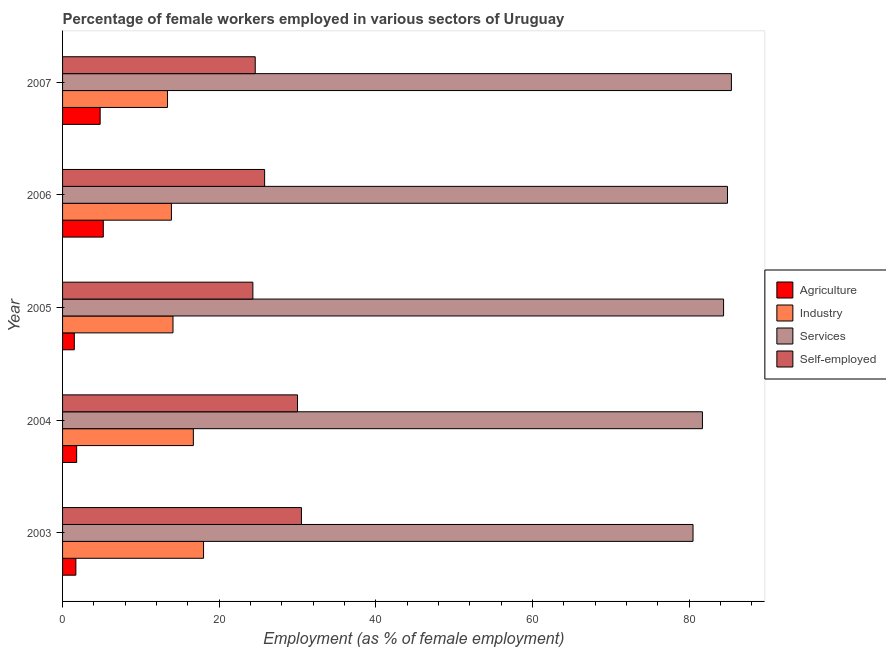
| Year | Agriculture | Industry | Services | Self-employed |
 | --- | --- | --- | --- | --- |
 | 2003 | 1.7 | 18 | 80.5 | 30.5 |
 | 2004 | 1.8 | 16.7 | 81.7 | 30 |
 | 2005 | 1.5 | 14.1 | 84.4 | 24.3 |
 | 2006 | 5.2 | 13.9 | 84.9 | 25.8 |
 | 2007 | 4.8 | 13.4 | 85.4 | 24.6 |